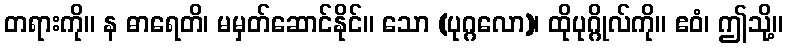
တရားကို။ န ဓာရေတိ၊ မမှတ်ဆောင်နိုင်။ သော (ပုဂ္ဂလော)၊ ထိုပုဂ္ဂိုလ်ကို။ ဧဝံ၊ ဤသို့။